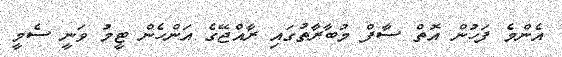
އެންމެ ފަހުން އޮތް ސާފް މުބާރާތުގައި ރާއްޖޭގެ އަންހެން ޓީމު ވަނީ ސެމީ